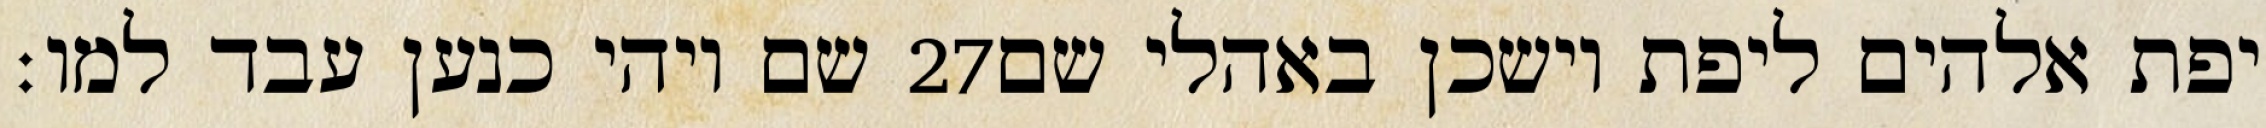
שם ויהי כנען עבד למו׃ ‎27‏ יפת אלהים ליפת וישכן באהלי שם